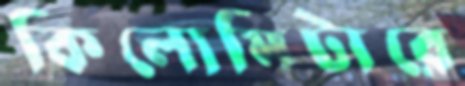
কিলোমিটারে